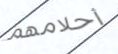
أحلامهم